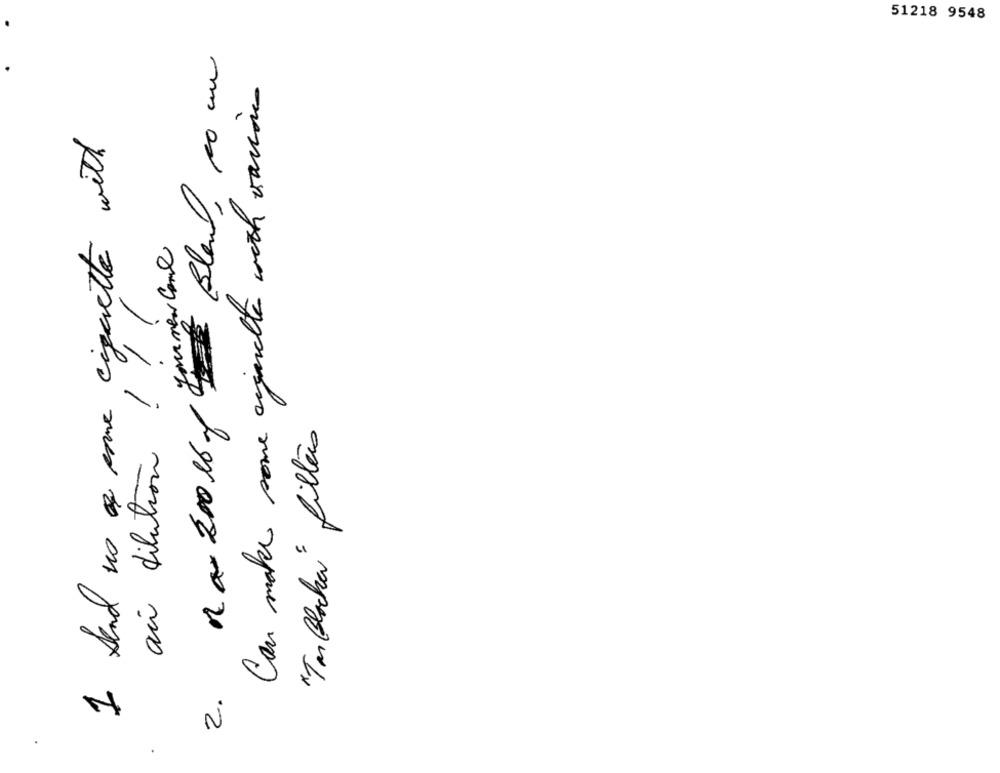
51218 9548
DER Blan, 10 un
Can make some cigarette with vaciones
I Send us a cave cigarette with
na- 2001by former come
//
ai dilution ! !
"Tar Blacha" filters
2.